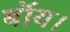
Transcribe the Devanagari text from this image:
बॉय।